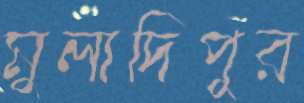
মুলাদিপুর